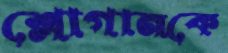
শ্লোগানকে